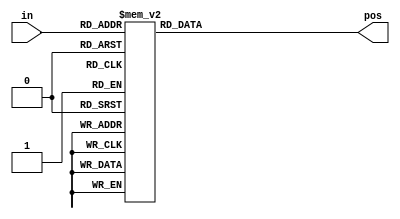
module top_module(in, pos);

input [3:0] in;
output reg [1:0] pos;

always @(*)
begin
    case(in)
        4'b0000: pos = 0;
        4'b0001: pos = 0;
        4'b0011: pos = 0;
        4'b0101: pos = 0;
        4'b0111: pos = 0;
        4'b1001: pos = 0;
        4'b1011: pos = 0;
        4'b1101: pos = 0;
        4'b1111: pos = 0;
        4'b0010: pos = 1;
        4'b0110: pos = 1;
        4'b1010: pos = 1;
        4'b1110: pos = 1;
        4'b0100: pos = 2;
        4'b1100: pos = 2;
        4'b1000: pos = 3;
    endcase
end

endmodule